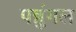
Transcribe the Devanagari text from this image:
पन्नुंगल